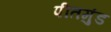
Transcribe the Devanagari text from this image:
पीतमुंड